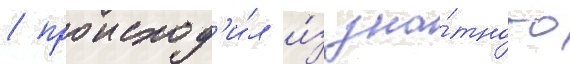
/ происход'и́л и́з зна́тного